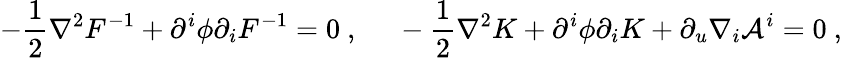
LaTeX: -{\frac{1}{2}}\nabla^{2}F^{-1}+\partial^{i}\phi\partial_{i}F^{-1}=0\ ,\ \ \ \ \ -{\frac{1}{2}}\nabla^{2}K+\partial^{i}\phi\partial_{i}K+\partial_{u}\nabla_{i}{\cal A}^{i}=0\ ,